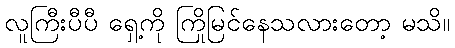
လူကြီးပီပီ ရှေ့ကို ကြိုမြင်နေသလားတော့ မသိ။